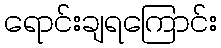
ရောင်းချရကြောင်း